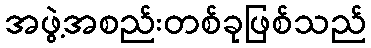
အဖွဲ့အစည်းတစ်ခုဖြစ်သည်